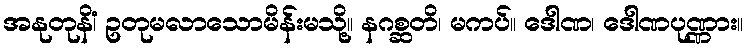
အနုတုနိံ၊ ဥတုမလာသောမိန်းမသို့။ နဂစ္ဆတိ၊ မကပ်။ ဒေါဏ၊ ဒေါဏပုဏ္ဏား။